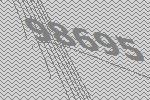
98695